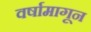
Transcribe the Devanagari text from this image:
वर्षामागून